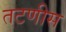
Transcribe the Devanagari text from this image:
तटणीस